Report of the Indian Hemp Drugs Commission, 1894-1895 - Volume V
Year: 1894
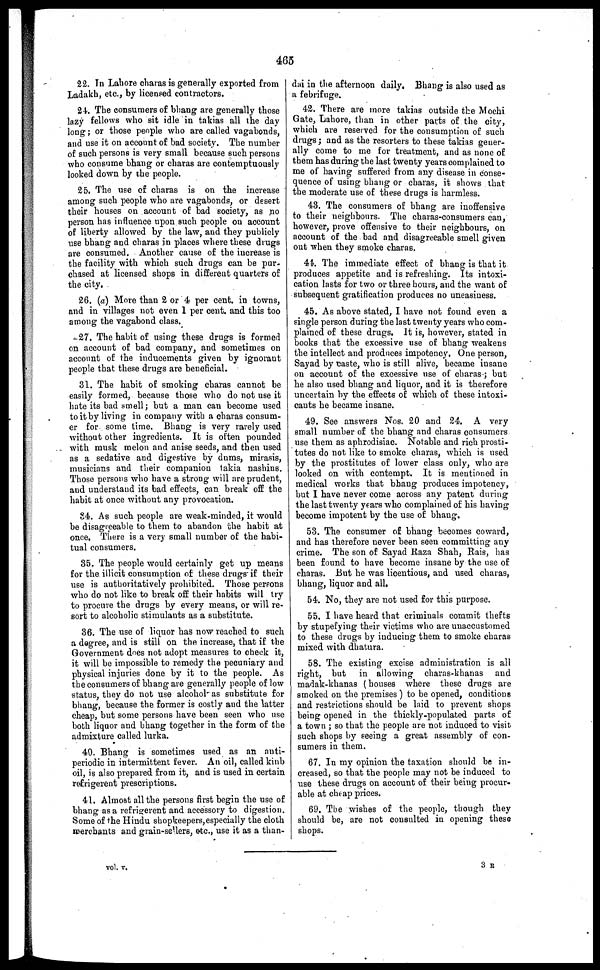
465
22. In Lahore charas is generally exported from
Ladakh, etc., by licensed contractors.
2 4. The consumers of bhang are generally those
lazy fellows who sit idle in takias all the day
long; or those people who are called vagabonds,
and use it on account of bad society. The number
of such persons is very small because such persons
who consume bhang or charas are contemptuously
looked down by the people,
25. The use of charas is on the increase
among such people who are vagabonds, or desert
their houses on account of bad society, as no
person has influence upon such people on account
of liberty allowed by the law, and they publicly
use bhang and charas in places where these drugs
are consumed. Another cause of the increase is
the facility with which such drugs can be pur-
chased at licensed shops in different quarters of
the city.
26. (a) More than 2 or 4 per cent. in towns,
and in villages not even 1 per cent. and this too
among the vagabond class.
27. The habit of using these drugs is formed
on account of bad company, and sometimes on
account of the inducements given by ignorant
people that these drugs are beneficial.
31. The habit of smoking charas cannot be
easily formed, because those who do not use it
hate its bad smell; but a man can become used
to it by living in company with a charas consum-
er for some time. Bhang is very rarely used
without other ingredients. It is often pounded
with musk melon and anise seeds, and then used
as a sedative and digestive by dums, mirasis,
musicians and their companion takia nashins.
Those persons who have a strong will are prudent,
and understand its bad effects, can break off the
habit at once without any provocation.
84, As such people are weak-minded, it would
be disagreeable to them to abandon the habit at
once, There is a very small number of the habi-
tual consumers.
35. The people would certainly get up means
for the illicit consumption of these drugs if their
use is authoritatively prohibited. Those perrons
who do not like to break off their habits will try
to procure the drugs by every means, or will re-
sort to alcoholic stimulants as a substitute.
36. The use of liquor has now reached to such
a degree, and is still on the increase, that if the
Government does not adopt measures to check it,
it will be impossible to remedy the pecuniary and
physical injuries done by it to the people. As
the consumers of bhang are generally people of low
status, they do not use alcohol as substitute for
bhang, because the former is costly and the latter
cheap, but some persons have been seen who use
both liquor and bhang together in the form of the
admixture called lurka.
40. Bhang is sometimes used as an auti-
periodic in intermittent fever. An oil, called kinb
oil, is also prepared from it, and is used in certain
refrigerent prescriptions.
41. Almost all the persons first begin the use of
bhang as a refrigerent and accessory to digestion.
Some of the Hindu shopkeepers, especially the cloth
merchants and grain-sellers, etc., use it as a than-
dai in the afternoon daily, Bhang is also used as
a febrifuge.
42. There are more takias outside the Mochi
Gate, Lahore, than in other parts of the city,
which are reserved for the consumption of such
drugs; and as the resorters to these takias geuer-
ally come to me for treatment, and as none of
them has during the last twenty years complained to
me of having suffered from any disease in conse-
quence of using bhang or charas, it shows that
the moderate use of these drugs is harmless.
43. The consumers of bhang are inoffensive
to their neighbours. The charas-consumers can,
however, prove offensive to their neighbours, on
account of the bad and disagreeable smell given
out when they smoke charas.
44. The immediate effect of bhang is that it
produces appetite and is refreshing. Its intoxi-
cation lasts for two or three hours, and the want of
subsequent gratification produces no uneasiness.
45. As above stated, I have not found even a
single person during the last twenty years who com-
plained of these drugs. It is, however, stated in
books that the excessive use of bhang weakens
the intellect and produces impotency. One person,
Sayad by taste, who is still alive, became insane
on account of the excessive use of charas ; but
he also used bhang and liquor, and it is therefore
uncertain by the effects of which of these intoxi-
cants he became insane.
49. See answers Nos. 20 and 24. A very
small number of the bhang and charas consumers
use them as aphrodisiac. Notable and rich prosti-
tutes do not like to smoke charas, which is used
by the prostitutes of lower class only, who are
looked on with contempt. It is mentioned in
medical works that bhang produces impotency,
but I have never come across any patent during
the last twenty years who complained of his having
become impotent by the use of bhang.
53. The consumer of bhang becomes coward,
and has therefore never been seen committing any
crime. The son of Sayad Raza Shah, Rais, has
been found to have become insane by the use of
charas. But he was licentious, and used charas,
bhang, liquor and all,
54. No, they are not used for this purpose.
55. I have heard that criminals commit thefts
by stupefying their victims who are unaccustomed
to these drugs by inducing them to smoke charas
mixed with dhatura.
58. The existing excise administration is all
right, but in allowing charas-khanas and
madak-khanas (houses where these drugs are
smoked on the premises ) to be opened, conditions
and restrictions should be laid to prevent shops
being opened in the thickly-populated parts of
a town ; so that the people are not induced to visit
such shops by seeing a great assembly of con-
sumers in them.
67. In my opinion the taxation should be in-
creased, so that the people may not be induced to
use these drugs on account of their being procur-
able at cheap prices.
69. The wishes of the people, though they
should be, are not consulted in opening these
shops.
vol. v.
3 R